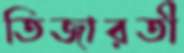
তিজারতী